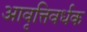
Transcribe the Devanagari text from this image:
आवृत्तिवर्धक